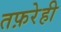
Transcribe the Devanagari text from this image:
तफ़रेही